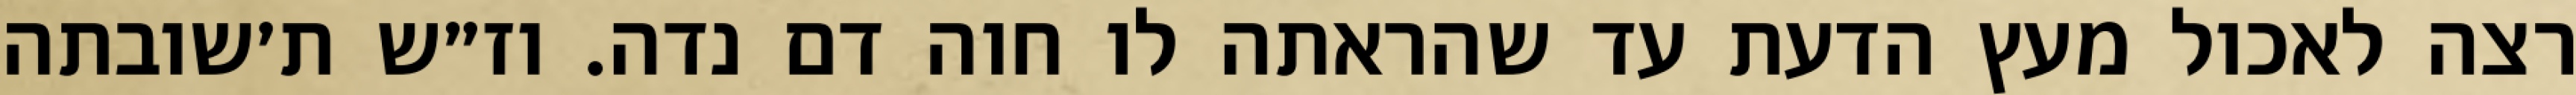
רצה לאכול מעץ הדעת עד שהראתה לו חוה דם נדה. וז״ש ת׳שובתה